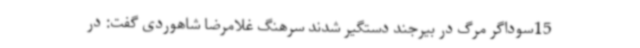
15سوداگر مرگ در بیرجند دستگیر شدند سرهنگ غلامرضا شاهوردی گفت: در